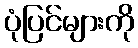
ပုံပြင်များကို